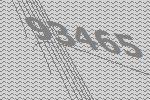
93465